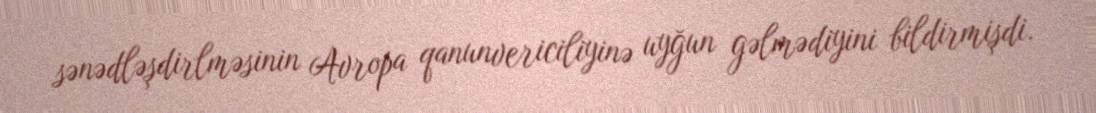
sənədləşdirlməsinin Avropa qanunvericiliyinə uyğun gəlmədiyini bildirmişdi.